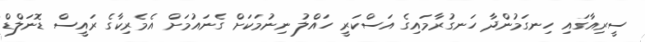
ސީރިއާގައި ހިނގަމުންދާ ހަނގުރާމައިގެ އަސްކަރީ ހައްލު ނިނުމަކަށް ގެނައުމަށް އެމެރިކާގެ ރައީސް ޑޮނަލްޑް